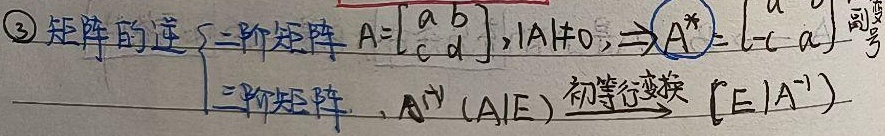
\textcircled{3}矩阵的逆
二阶矩阵 \(A=\begin{bmatrix}a&b\\c&d\end{bmatrix}\)，\(\vert A\vert\neq0\)，\(\Rightarrow A^{*}=\begin{bmatrix}d& - b\\ - c&a\end{bmatrix}\) （副对角线变号）
三阶矩阵，\(A^{-1}\)：\((A\vert E)\) 经初等行变换变为 \((E\vert A^{-1})\)